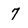
Character: 7